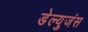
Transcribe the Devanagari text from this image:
डेल्युजंस